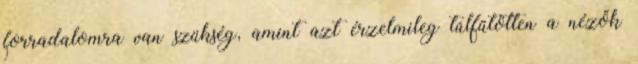
forradalomra van szükség, amint azt érzelmileg túlfűtötten a nézők